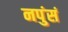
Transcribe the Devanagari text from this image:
नपुंसं